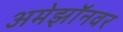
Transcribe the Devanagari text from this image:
अमेझॉनवर